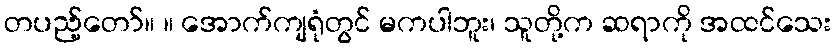
တပည့်တော်။ ။ အောက်ကျရုံတွင် မကပါဘူး၊ သူတို့က ဆရာကို အထင်သေး